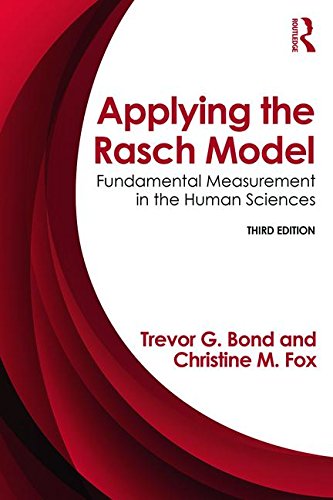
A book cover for Applying the Rasch Model: Fundamental Measurement in the Human Sciences, Third Edition; Trevor Bond; Medical Books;